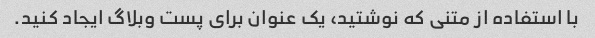
با استفاده از متنی که نوشتید، یک عنوان برای پست وبلاگ ایجاد کنید.